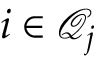
i \in \mathcal { Q } _ { j }